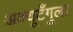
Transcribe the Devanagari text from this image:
अक्यूटँगुला